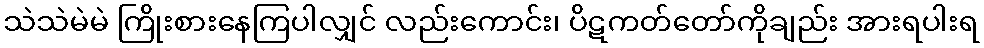
သဲသဲမဲမဲ ကြိုးစားနေကြပါလျှင် လည်းကောင်း၊ ပိဋကတ်တော်ကိုချည်း အားရပါးရ